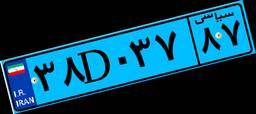
۳۸D۰۳۷۸۷